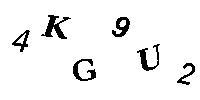
4KG9U2